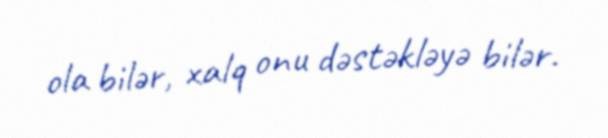
ola bilər, xalq onu dəstəkləyə bilər.